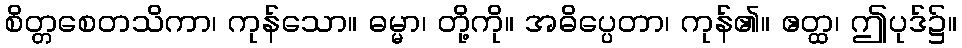
စိတ္တစေတသိကာ၊ ကုန်သော။ ဓမ္မာ၊ တို့ကို။ အဓိပ္ပေတာ၊ ကုန်၏။ ဧတ္ထ၊ ဤပုဒ်၌။